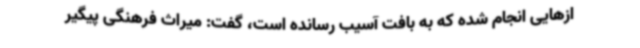
ازهایی انجام شده که به بافت آسیب رسانده است، گفت: میراث فرهنگی پیگیر